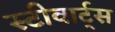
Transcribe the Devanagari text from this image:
स्टीवार्ट्स